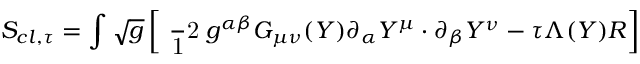
S _ { c l , \tau } = \int \sqrt { g } \left[ \mathrm { \small { ~ \frac ~ 1 2 ~ } } g ^ { \alpha \beta } G _ { \mu \nu } ( Y ) \partial _ { \alpha } Y ^ { \mu } \cdot \partial _ { \beta } Y ^ { \nu } - \tau \Lambda ( Y ) R \right]